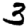
Digit: 3